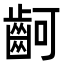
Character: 䶗